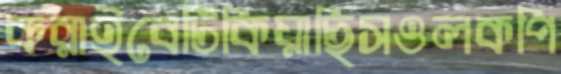
করাইবেটিকিয়াছিসওলকপি